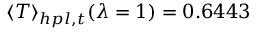
\langle T \rangle _ { h p l , t } ( \lambda = 1 ) = 0 . 6 4 4 3